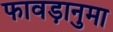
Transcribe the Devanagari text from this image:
फावड़ानुमा